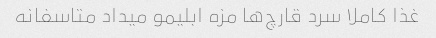
غذا کاملا سرد قارچ‌ها مزه ابلیمو میداد متاسفانه